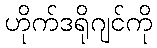
ဟိုက်ဒရိုဂျင်ကို